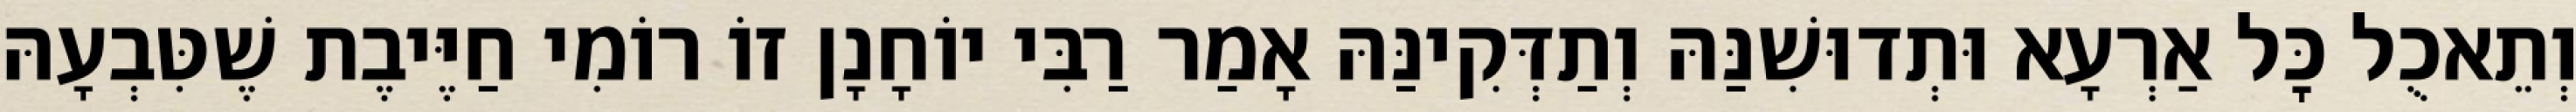
וְתֵאכֻל כׇּל אַרְעָא וּתְדוּשִׁנַּהּ וְתַדְּקִינַּהּ אָמַר רַבִּי יוֹחָנָן זוֹ רוֹמִי חַיֶּיבֶת שֶׁטִּבְעָהּ